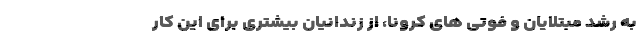
به رشد مبتلایان و فوتی های کرونا، از زندانیان بیشتری برای این کار